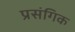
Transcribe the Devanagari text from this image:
प्रसंगिक